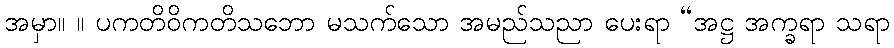
အမှာ။ ။ ပကတိဝိကတိသဘော မသက်သော အမည်သညာ ပေးရာ “အဋ္ဌ အက္ခရာ သရာ